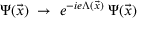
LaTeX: \Psi ( \vec { x } ) \; \rightarrow \; e ^ { - i e \Lambda ( \vec { x } ) } \: \Psi ( \vec { x } )